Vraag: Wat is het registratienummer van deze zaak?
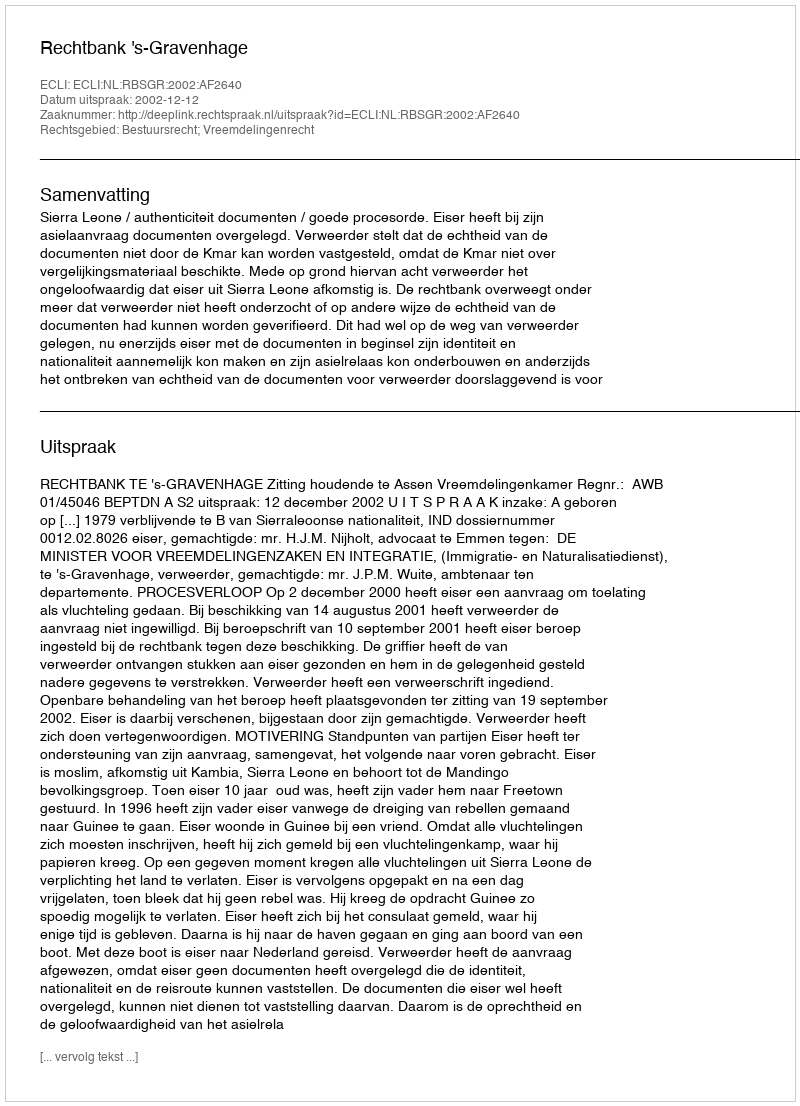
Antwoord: http://deeplink.rechtspraak.nl/uitspraak?id=ECLI:NL:RBSGR:2002:AF2640